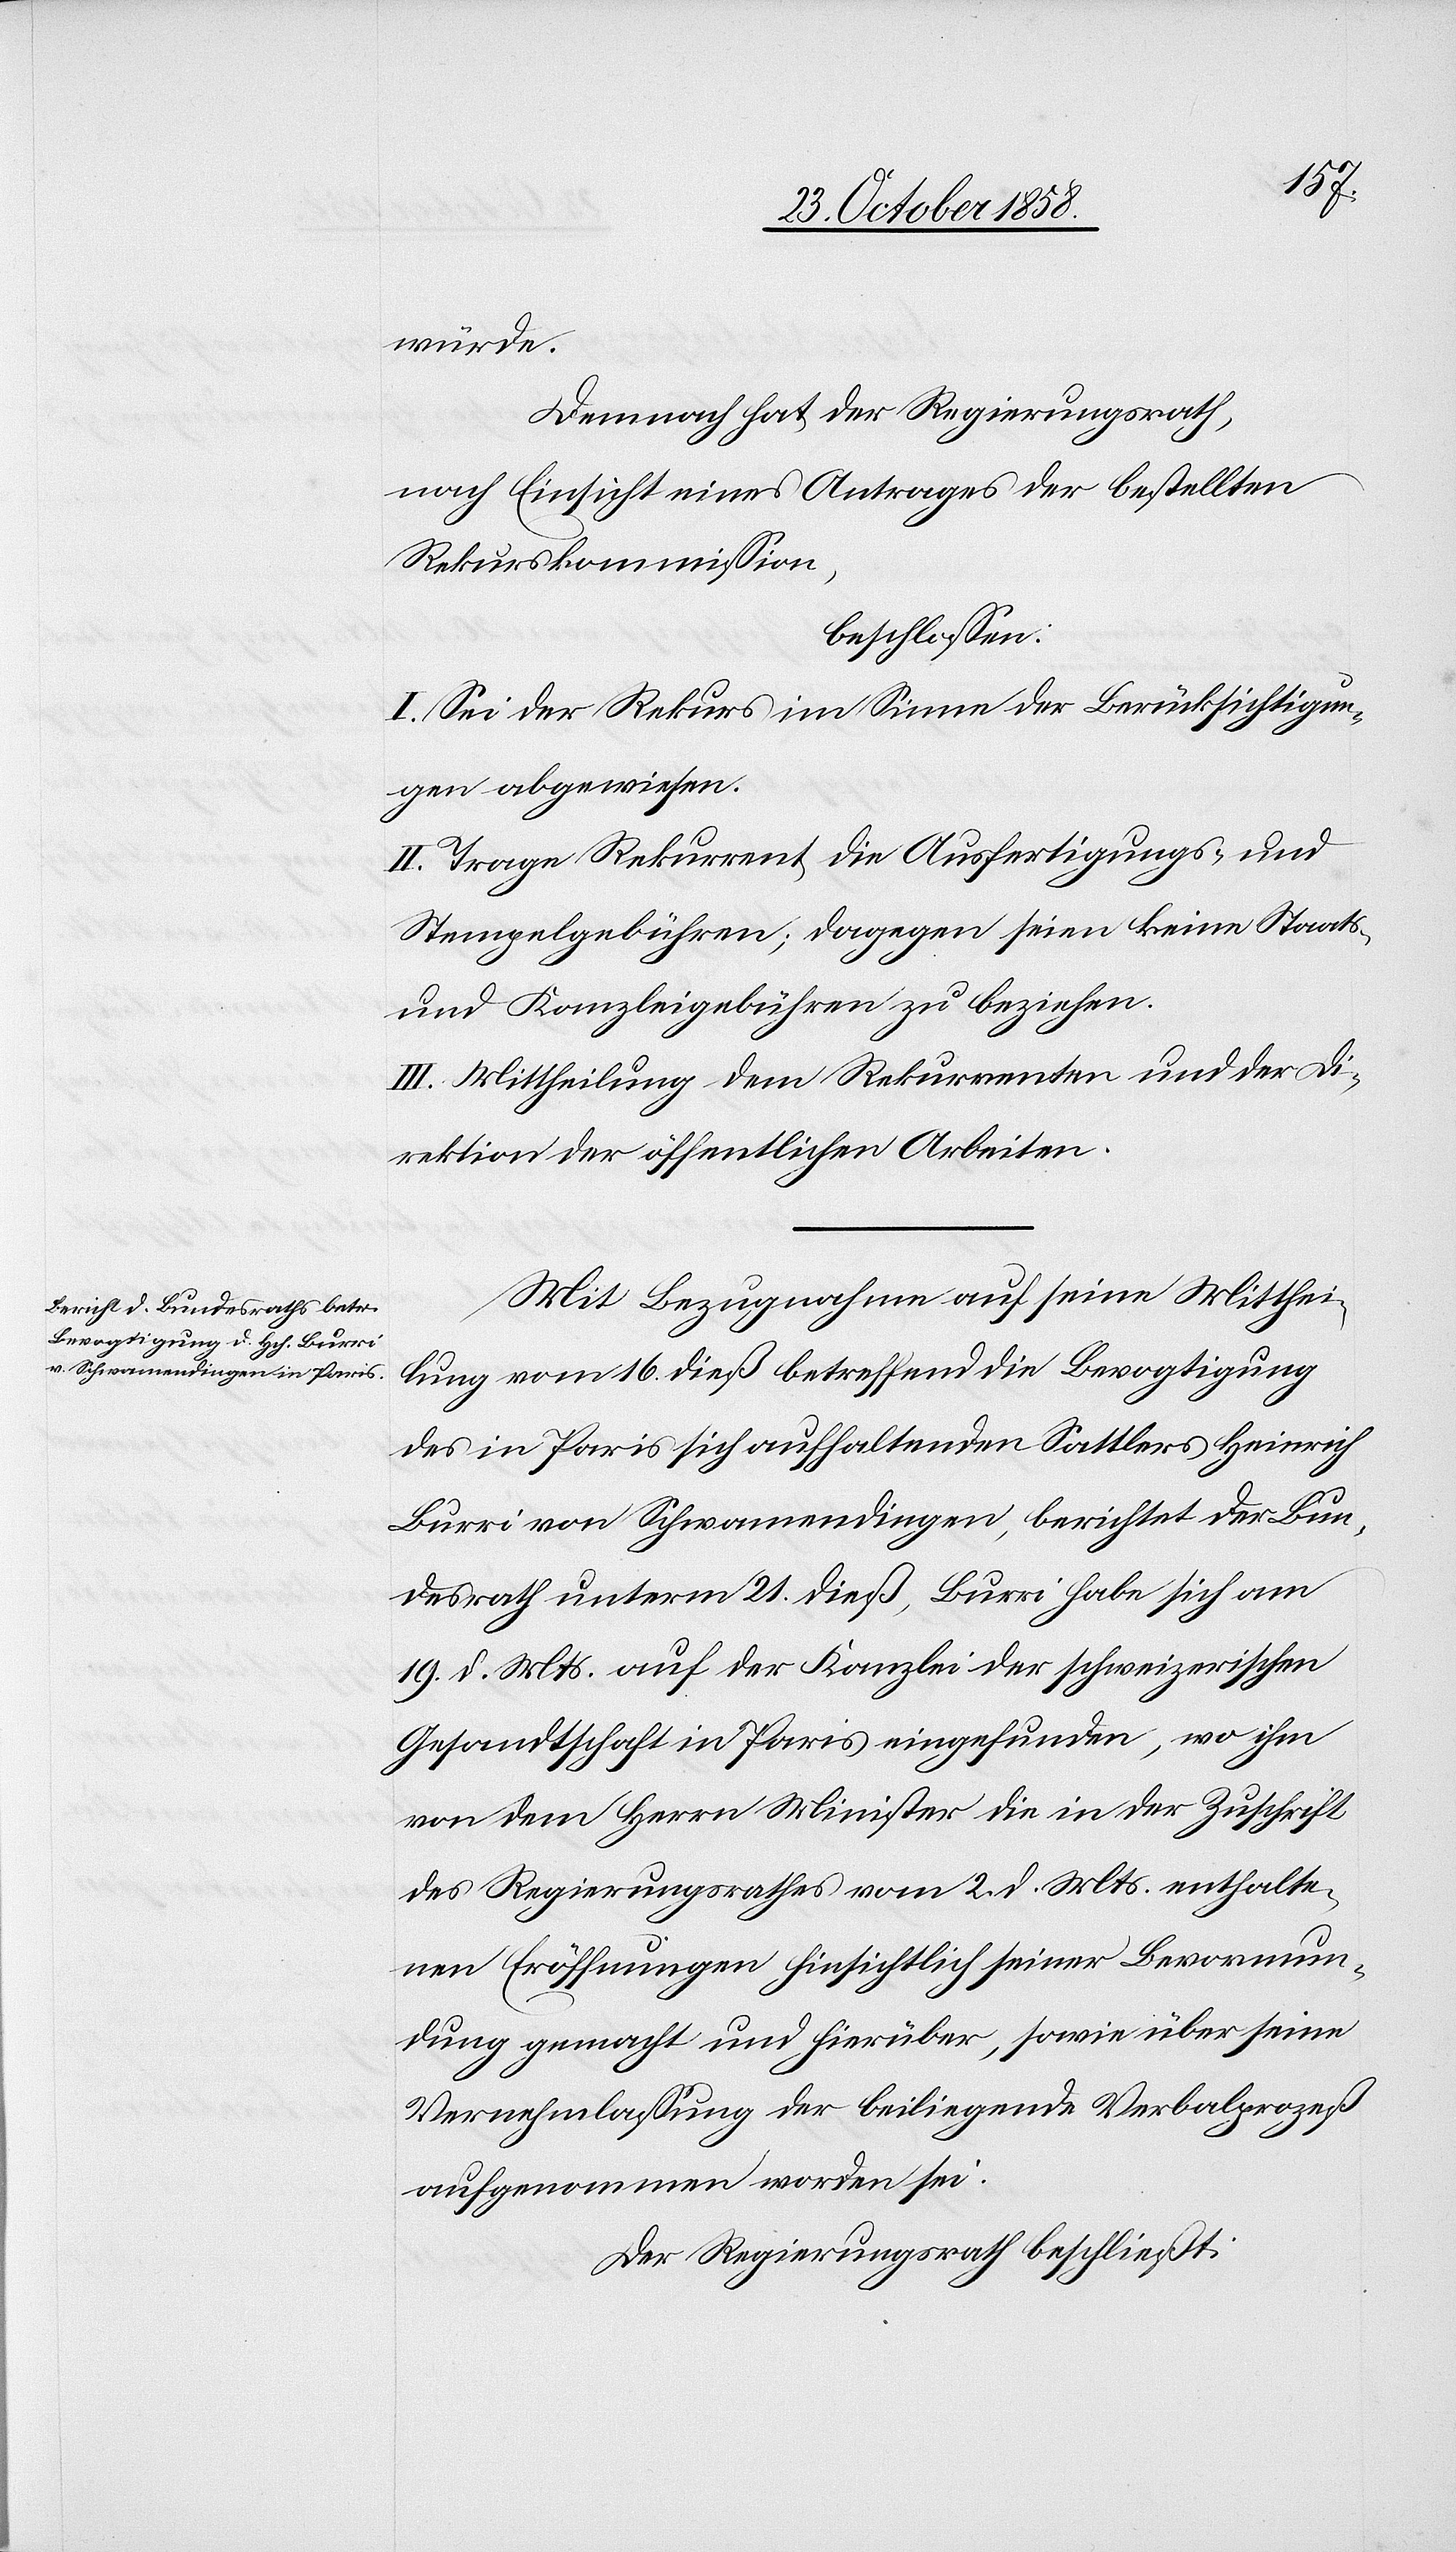
würde.
Demnach hat der Regierungsrath,
nach Einsicht eines Antrages der bestellten
Rekurskommission,
beschlossen:
I. Sei der Rekurs im Sinne der Berücksichtigun¬
gen abgewiesen.
II. Trage Rekurrent die Ausfertigungs- und
Stempelgebühren; dagegen seien keine Staats-
und Kanzleigebühren zu beziehen.
III. Mittheilung dem Rekurrenten und der Di¬
rektion der öffentlichen Arbeiten.
Mit Bezugnahme auf seine Mitthei¬
lung vom 16. dieß betreffend die Bevogtigung
des in Paris sich aufhaltenden Sattlers Heinrich
Burri von Schwamendingen, berichtet der Bun¬
desrath unterm 21. dieß, Burri habe sich am
19. d. Mts. auf der Kanzlei der schweizerischen
Gesandtschaft in Paris eingefunden, wo ihm
von dem Herrn Minister die in der Zuschrift
des Regierungsrathes vom 2. d. Mts. enthalte¬
nen Eröffnungen hinsichtlich seiner Bevormun¬
dung gemacht und hierüber, sowie über seine
Vernehmlassung der beiliegende Verbalprozeß
aufgenommen worden sei.
Der Regierungsrath beschließt: